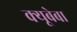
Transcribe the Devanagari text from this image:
क्यूबेबा